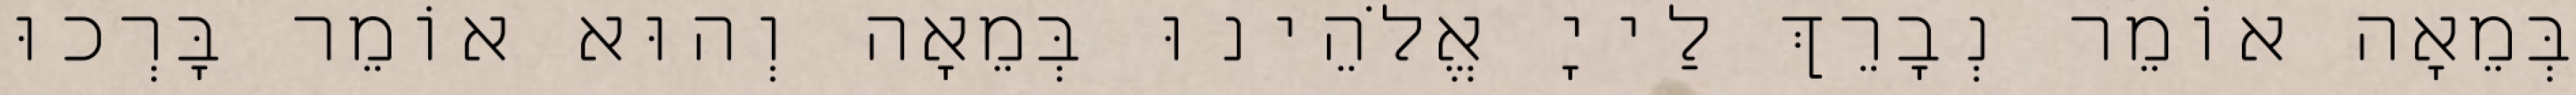
בְּמֵאָה אוֹמֵר נְבָרֵךְ לַייָ אֱלֹהֵינוּ בְּמֵאָה וְהוּא אוֹמֵר בָּרְכוּ